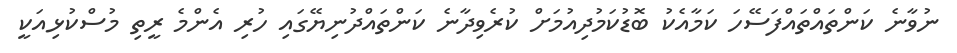
ނުވާނެ ކަންތައްތައްފަސޭހަ ކަމާއެކު ބޮޑުކަމުދިއުމަށް ކުރެވިދާނެ ކަންތައްދުނިޔޭގައި ހުރި އެންމެ ރީތި މުސްކުޅިއަކީ